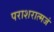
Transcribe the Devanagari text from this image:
पराशरात्मजं